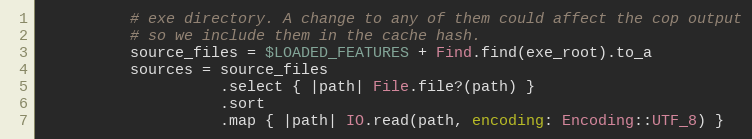
Language: Ruby
          # exe directory. A change to any of them could affect the cop output
          # so we include them in the cache hash.
          source_files = $LOADED_FEATURES + Find.find(exe_root).to_a
          sources = source_files
                    .select { |path| File.file?(path) }
                    .sort
                    .map { |path| IO.read(path, encoding: Encoding::UTF_8) }